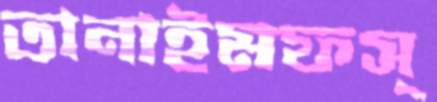
তানাইমফস্